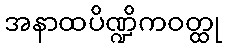
အနာထပိဏ္ဍိကဝတ္ထု